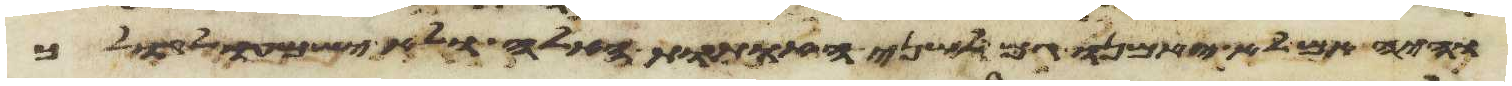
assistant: והיה אם לא יאמנו גם לשני האתות האלה ולא ישמעו לקולך